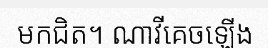
មកជិត។ ណាវីគេចឡើង